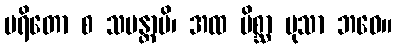
ပရိတော စ သမန္တာပိ၊ အထ မိစ္ဆာ မုသာ ဘဝေ။